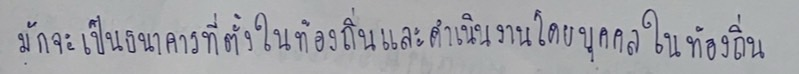
มักจะเป็นธนาคารที่ตั้งในท้องถิ่นและดำเนินงานโดยบุคคลในท้องถิ่น